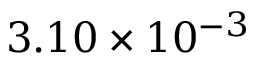
3 . 1 0 \times 1 0 ^ { - 3 }